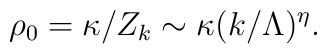
\rho_0=\kappa/Z_k\sim\kappa(k/\Lambda)^\eta.